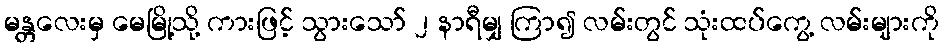
မန္တလေးမှ မေမြို့သို့ ကားဖြင့် သွားသော် ၂ နာရီမျှ ကြာ၍ လမ်းတွင် သုံးထပ်ကွေ့ လမ်းများကို